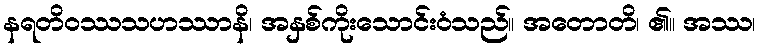
နရတိဝဿသဟဿာနိ၊ အနှစ်ကိုးသောင်းဝံသည်။ အတောတိ၊ ၏။ အဿ၊